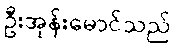
ဦးအုန်းမောင်သည်